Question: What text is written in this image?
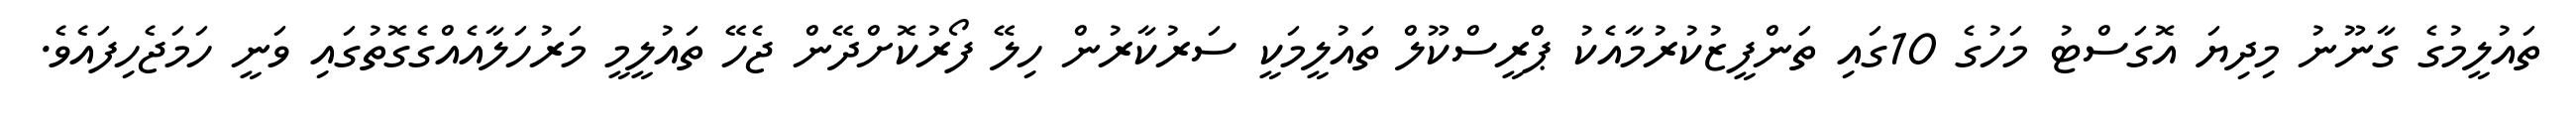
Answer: ތައުލީމުގެ ގާނޫނު މިދިޔަ އޮގަސްޓު މަހުގެ 10ގައި ތަންފީޒުކުރުމާއެކު ޕްރީސްކޫލް ތައުލީމަކީ ސަރުކާރުން ހިލޭ ފޯރުކޮށްދޭން ޖެހޭ ތައުލީމީ މަރުހަލާއެއްގެގޮތުގައި ވަނީ ހަމަޖެހިފައެވެ.